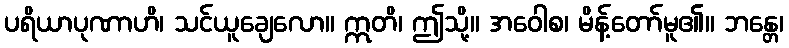
ပရိယာပုဏာဟိ၊ သင်ယူချေလော။ ဣတိ၊ ဤသို့။ အဝေါစ၊ မိန့်တော်မူ၏။ ဘန္တေ၊